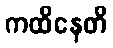
ကထိနေတိ